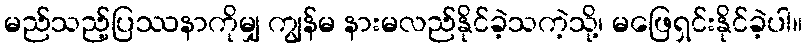
မည်သည့်ပြဿနာကိုမျှ ကျွန်မ နားမလည်နိုင်ခဲ့သကဲ့သို့၊ မဖြေရှင်းနိုင်ခဲ့ပါ။